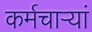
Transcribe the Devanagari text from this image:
कर्मचाऱ्यां